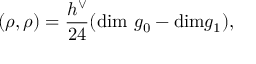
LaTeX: ( \rho , \rho ) = \frac { h ^ { \vee } } { 2 4 } ( \mathrm { d i m ~ } g _ { 0 } - \mathrm { d i m } g _ { 1 } ) ,